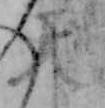
天